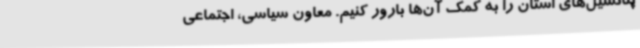
پتانسیل‌های استان را به کمک آن‌ها بارور کنیم. معاون سیاسی، اجتماعی